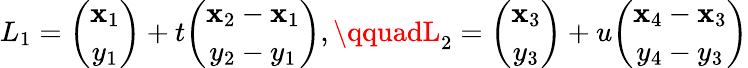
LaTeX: L_{1}={\binom{\mathbf{x}_{1}}{y_{1}}}+t{\binom{\mathbf{x}_{2}-\mathbf{x}_{1}}{y_{2}-y_{1}}},\qquadL_{2}={\binom{\mathbf{x}_{3}}{y_{3}}}+u{\binom{\mathbf{x}_{4}-\mathbf{x}_{3}}{y_{4}-y_{3}}}